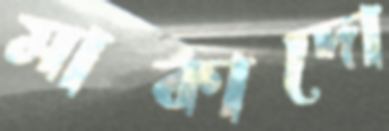
মাকাদো